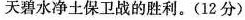
天碧水净土保卫战的胜利。(12分)